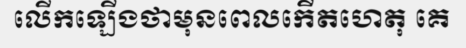
លើកឡើងថាមុនពេលកើតហេតុ គេ